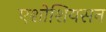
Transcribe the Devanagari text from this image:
एशोशियसन